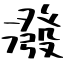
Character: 潑